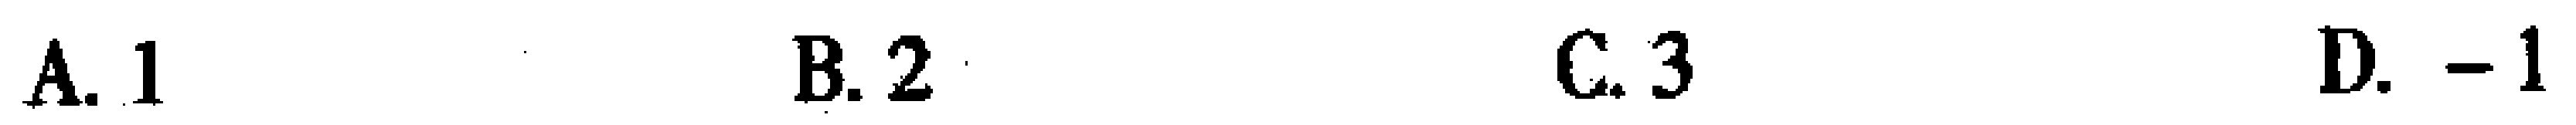
A. 1  B. 2  C. 3  D. -1